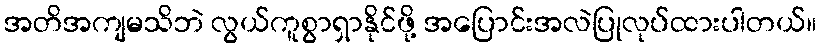
အတိအကျမသိဘဲ လွယ်ကူစွာရှာနိုင်ဖို့ အပြောင်းအလဲပြုလုပ်ထားပါတယ်။